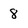
Character: 8